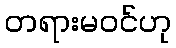
တရားမဝင်ဟု